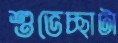
শুভেচ্ছাটা